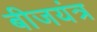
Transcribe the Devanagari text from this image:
बीजयंत्र